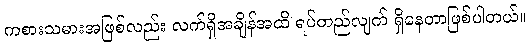
ကစားသမားအဖြစ်လည်း လက်ရှိအချိန်အထိ ရပ်တည်လျက် ရှိနေတာဖြစ်ပါတယ်။